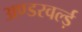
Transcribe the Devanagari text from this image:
अण्डरवर्ल्ड़